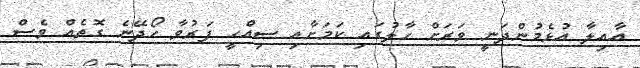
އާއިލާ އުޅެމުންދަނީ ވަރަށް ހާލުގައި ކަމަށާއި ސިއްހީ ފަރުވާ ހޯދޭނެ ގޮތެއް ވެސް